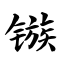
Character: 镞